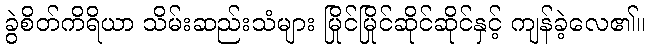
ခွဲစိတ်ကိရိယာ သိမ်းဆည်းသံများ မြိုင်မြိုင်ဆိုင်ဆိုင်နှင့် ကျန်ခဲ့လေ၏။